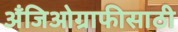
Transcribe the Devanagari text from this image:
अँजिओग्राफीसाठी